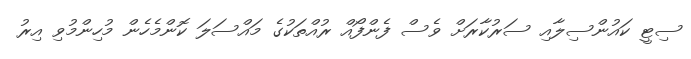
ސިޓީ ކައުންސިލާއި ސަރުކާރަށް ވެސް ފެންފޯއް ރުއްތަކުގެ މައްސަލަ ކޮންމެހެން މުހިންމުވި އިރު